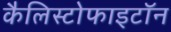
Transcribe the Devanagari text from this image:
कैलिस्टोफाइटॉन